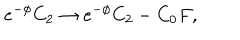
LaTeX: e ^ { - \phi } C _ { 2 } \rightarrow e ^ { - \phi } C _ { 2 } - C _ { 0 } F ,